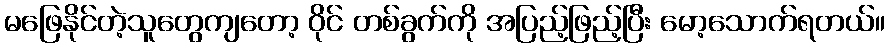
မဖြေနိုင်တဲ့သူတွေကျတော့ ဝိုင် တစ်ခွက်ကို အပြည့်ဖြည့်ပြီး မော့သောက်ရတယ်။